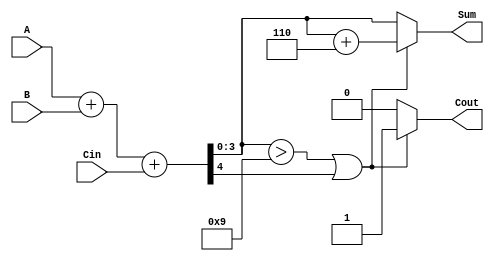
module BCD_Parallel_Adder (
    input  wire [3:0] A,      // First BCD digit
    input  wire [3:0] B,      // Second BCD digit
    input  wire Cin,          // Carry input
    output reg  [3:0] Sum,    // BCD result
    output reg  Cout          // Carry output
);

    wire [4:0] S;            // 5-bit sum to hold the result of A + B + Cin
    wire correction_needed;   // Flag to indicate if correction is needed

    // Step 1: Perform binary addition
    assign S = A + B + Cin;

    // Step 2: Determine if correction is needed
    assign correction_needed = (S[3:0] > 4'b1001) || S[4];

    // Step 3: Compute the final BCD sum and carry-out
    always @(*) begin
        if (correction_needed) begin
            Sum = S[3:0] + 4'b0110; // Add correction factor (6)
            Cout = 1;               // Set carry-out
        end else begin
            Sum = S[3:0];           // No correction needed
            Cout = 0;               // No carry-out
        end
    end

endmodule